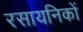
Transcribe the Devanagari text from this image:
रसायनिकों